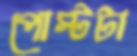
পোস্টটা